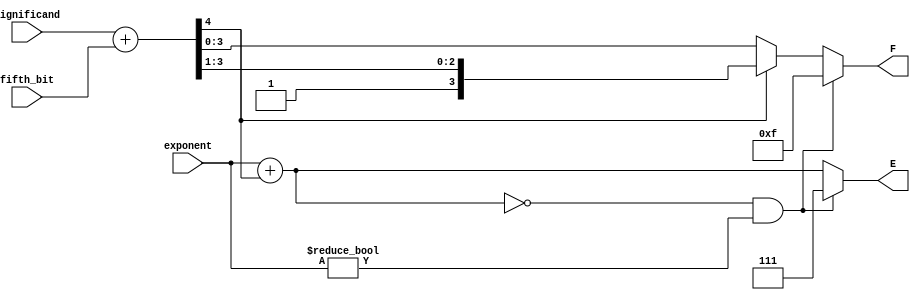
module rounding(exponent, significand, fifth_bit, E, F);
	input wire [2:0] exponent;
	input wire [3:0] significand;
	input wire fifth_bit;

	output reg [2:0] E;
	output reg [3:0] F;

	reg [4:0] intermediate_1;

	always @(significand or fifth_bit or exponent) begin
		intermediate_1 = significand + fifth_bit;
		E = exponent + intermediate_1[4];

		F = intermediate_1[3:0];

		if(intermediate_1[4] == 1) begin
			F = intermediate_1[4:1];
		end
		if (E == 0 && exponent != 0) begin
			E = 3'b111;
			F = 4'b1111;
		end
	end


endmodule